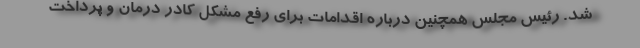
شد. رئیس مجلس همچنین درباره اقدامات برای رفع مشکل کادر درمان و پرداخت